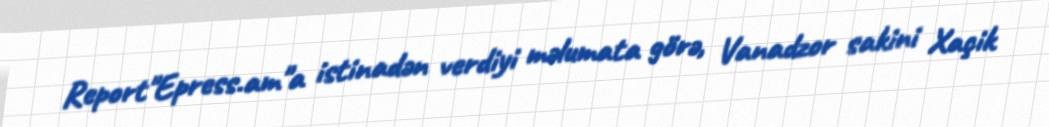
Report"Epress.am"a istinadən verdiyi məlumata görə, Vanadzor sakini Xaçik